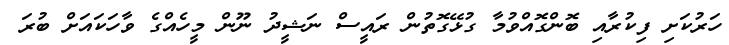
ހަރުކަށި ފިކުރާއި ބޮންގޮއްވުމާ ގުޅޭގޮތުން ރައީސް ނަޝީދު ނޫން މީހެއްގެ ވާހަކައަށް ބުރަ